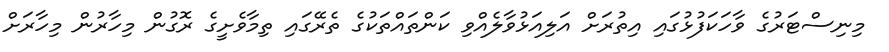
މިނިސްޓަރުގެ ވާހަކަފުޅުގައި އިތުރަށް އަލިއަޅުވާލެއްވި ކަންތައްތަކުގެ ތެރޭގައި ތިމާވެށީގެ ރޮގުން މިހާރުން މިހާރަށް